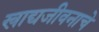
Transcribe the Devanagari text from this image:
खाद्यजीवनाचे